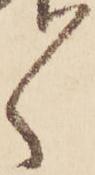
ゝ